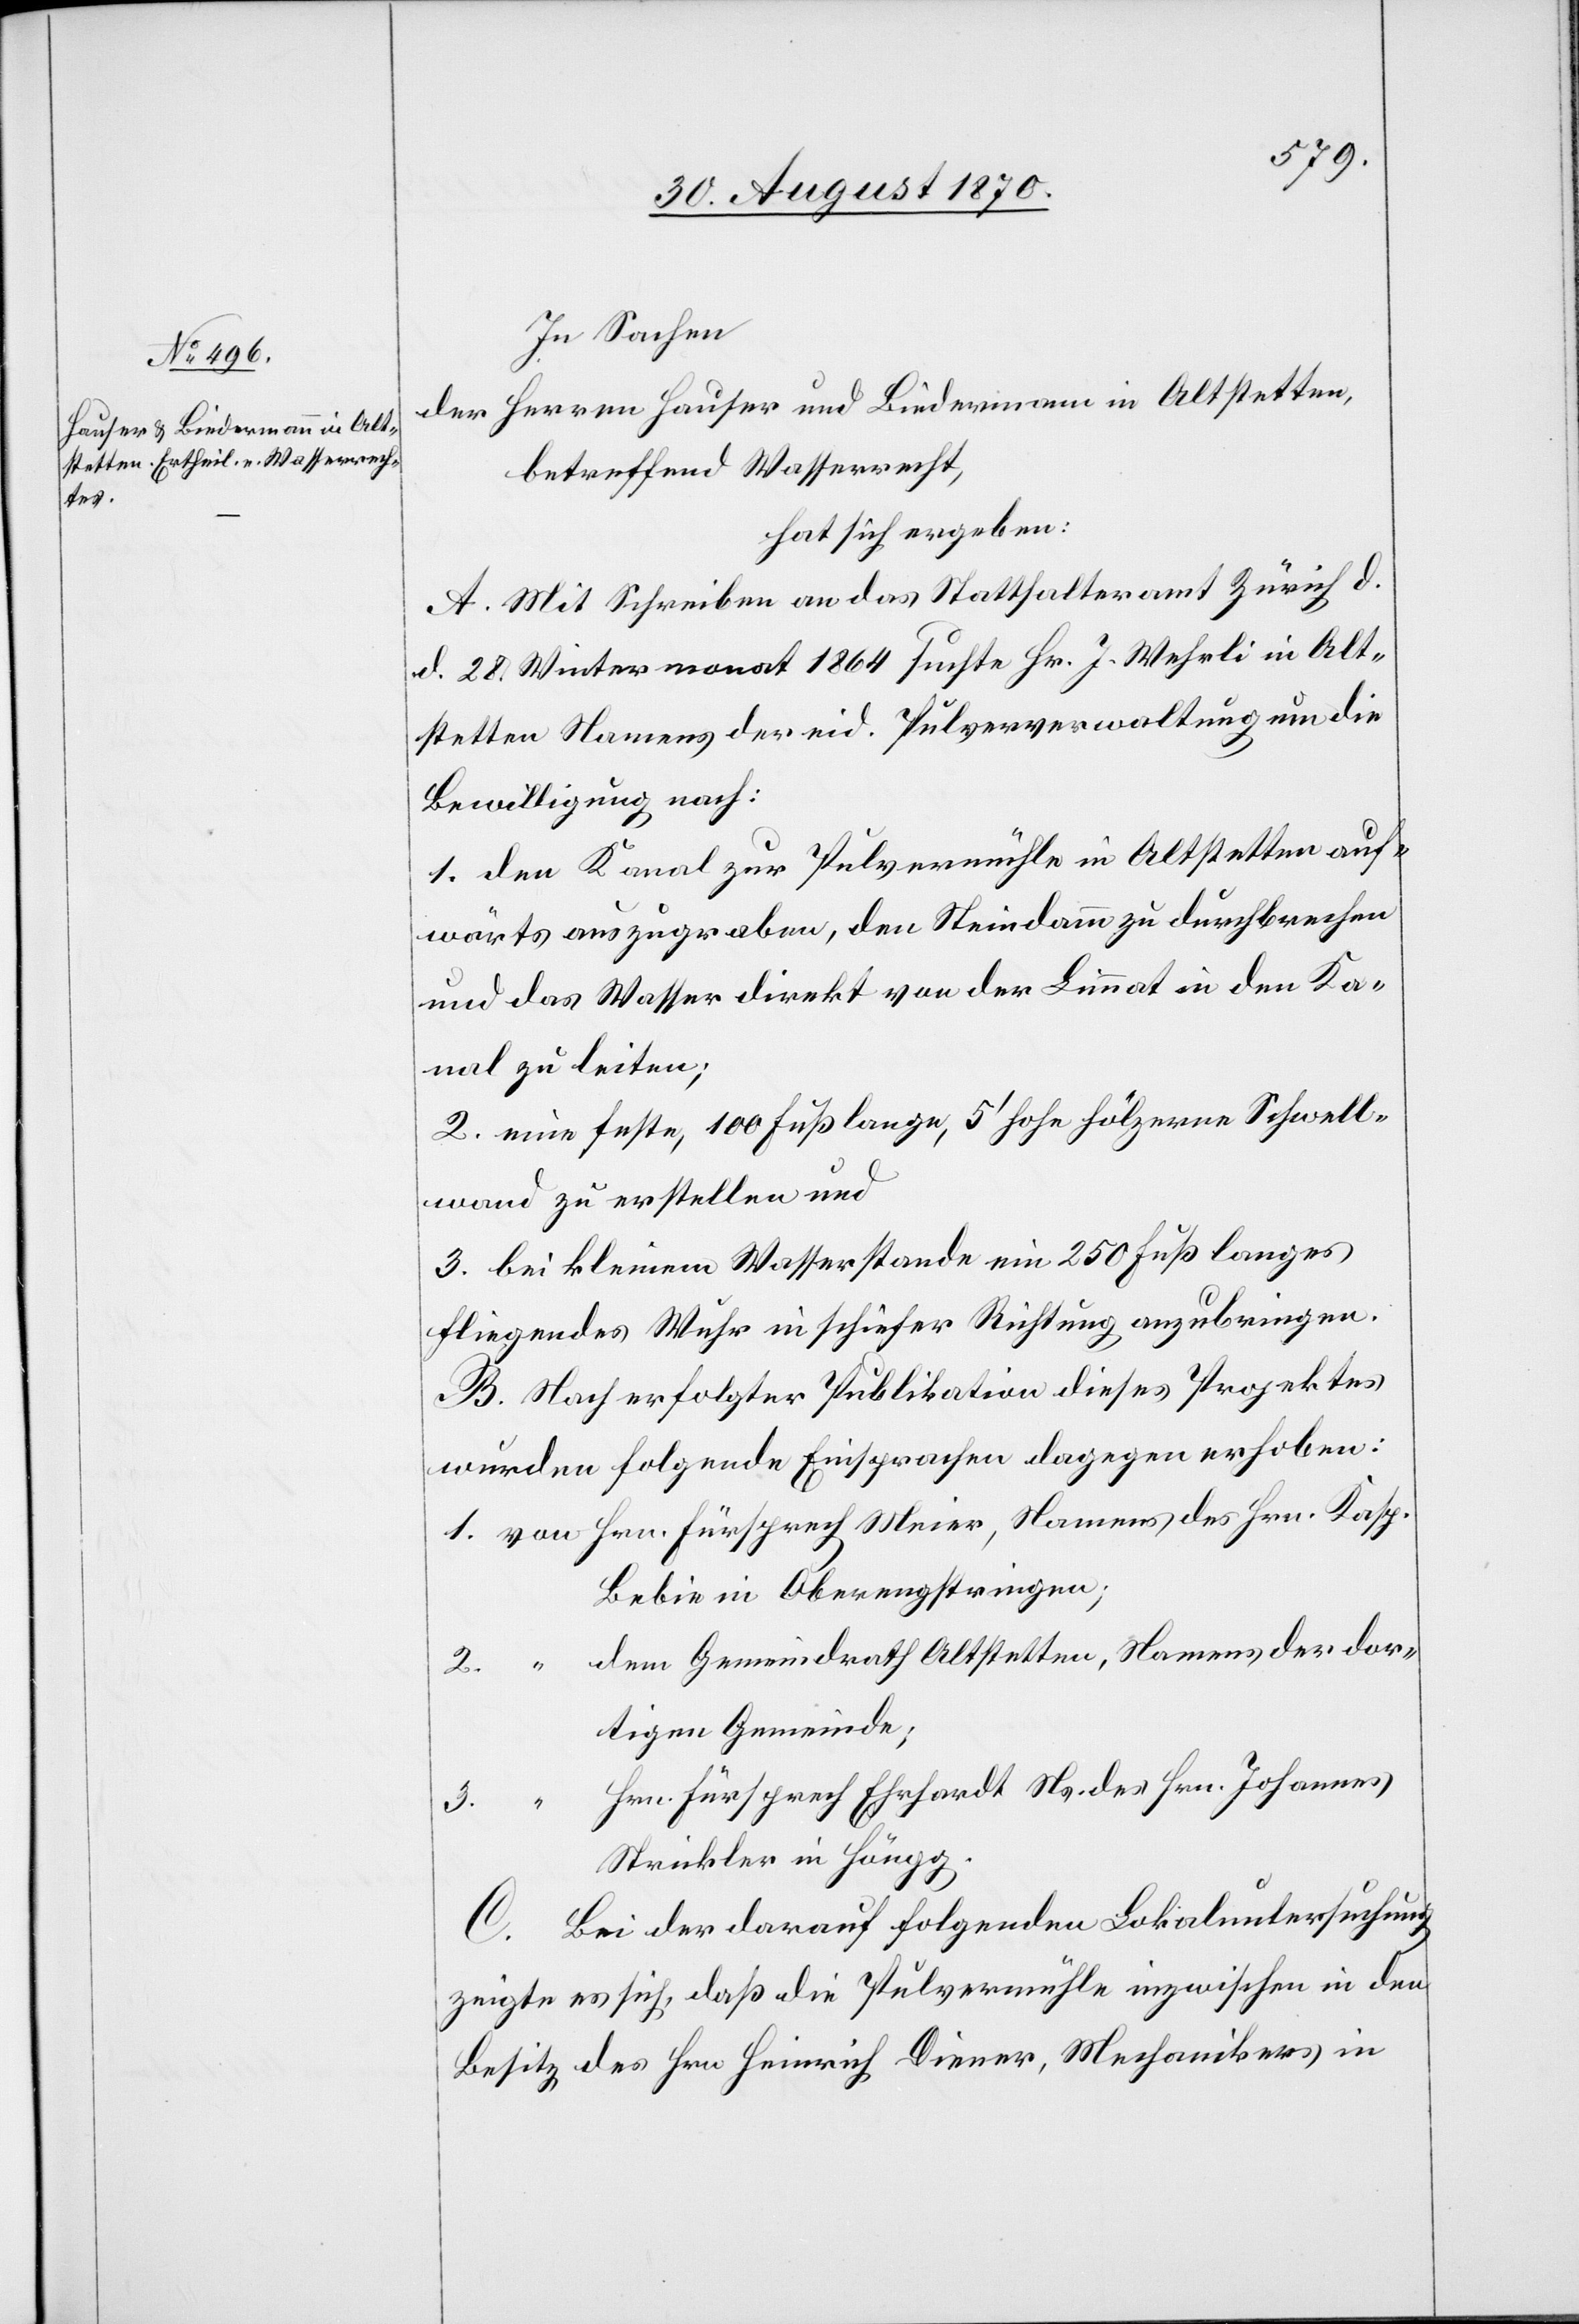
In Sachen
der Herren Hauser und Biedermann in Altstetten,
betreffend Wasserrecht,
hat sich ergeben:
A. Mit Schreiben an das Statthalteramt Zürich d.
d. 28. Wintermonat 1864 suchte Hr. J. Wehrli in Alt¬
stetten Namens der eid. Pulververwaltung um die
Bewilligung nach:
1. den Kanal zur Pulvermühle in Altstetten auf¬
wärts auszugraben, den Steindamm zu durchbrechen
und das Wasser direkt von der Limmat in den Ka¬
nal zu leiten;
2. eine feste, 200 Fuß lange, 5’ hohe hölzerne Schwell¬
wand zu erstellen und
3. bei kleinem Wasserstande ein 250 Fuß langes
fliegendes Wuhr in schiefer Richtung anzubringen.
B. Nach erfolgter Publikation dieses Projektes
wurden folgende Einsprachen dagegen erhoben:
Bebie in Oberengstringen;
dem Gemeindrath Altstetten, Namens der dor¬
tigen Gemeinde;
Hrn. Fürsprech Ehrhardt Ns. des Hrn. Johannes
3.
Strickler in Höngg.
C. Bei der darauf folgenden Lokaluntersuchung
zeigte es sich, daß die Pulvermühle inzwischen in den
Besitz des Hrn. Heinrich Diener, Mechanikers in